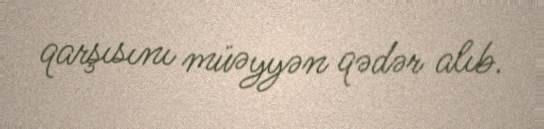
qarşısını müəyyən qədər alıb.